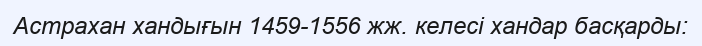
Астрахан хандығын 1459-1556 жж. келесі хандар басқарды: